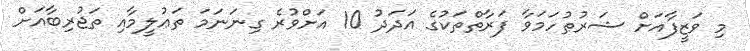
މި ވަޒީފާއަށް ޝަރުޠުހަމަވާ ފަރާތްތަކުގެ އަދަދު 10 އަށްވުރެ ގިނަނަމަ ތަޢުލީމާއި ތަޖުރިބާއަށް